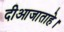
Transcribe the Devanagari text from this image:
दीआजाताहे।